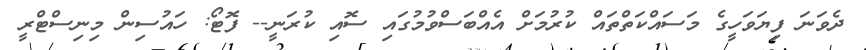
ދެވަނަ ފިޔަވަހީގެ މަސައްކަތްތައް ކުރުމަށް އެއްބަސްވުމުގައި ސޮއި ކުރަނީ-- ފޮޓޯ: ހައުސިން މިނިސްޓްރީ